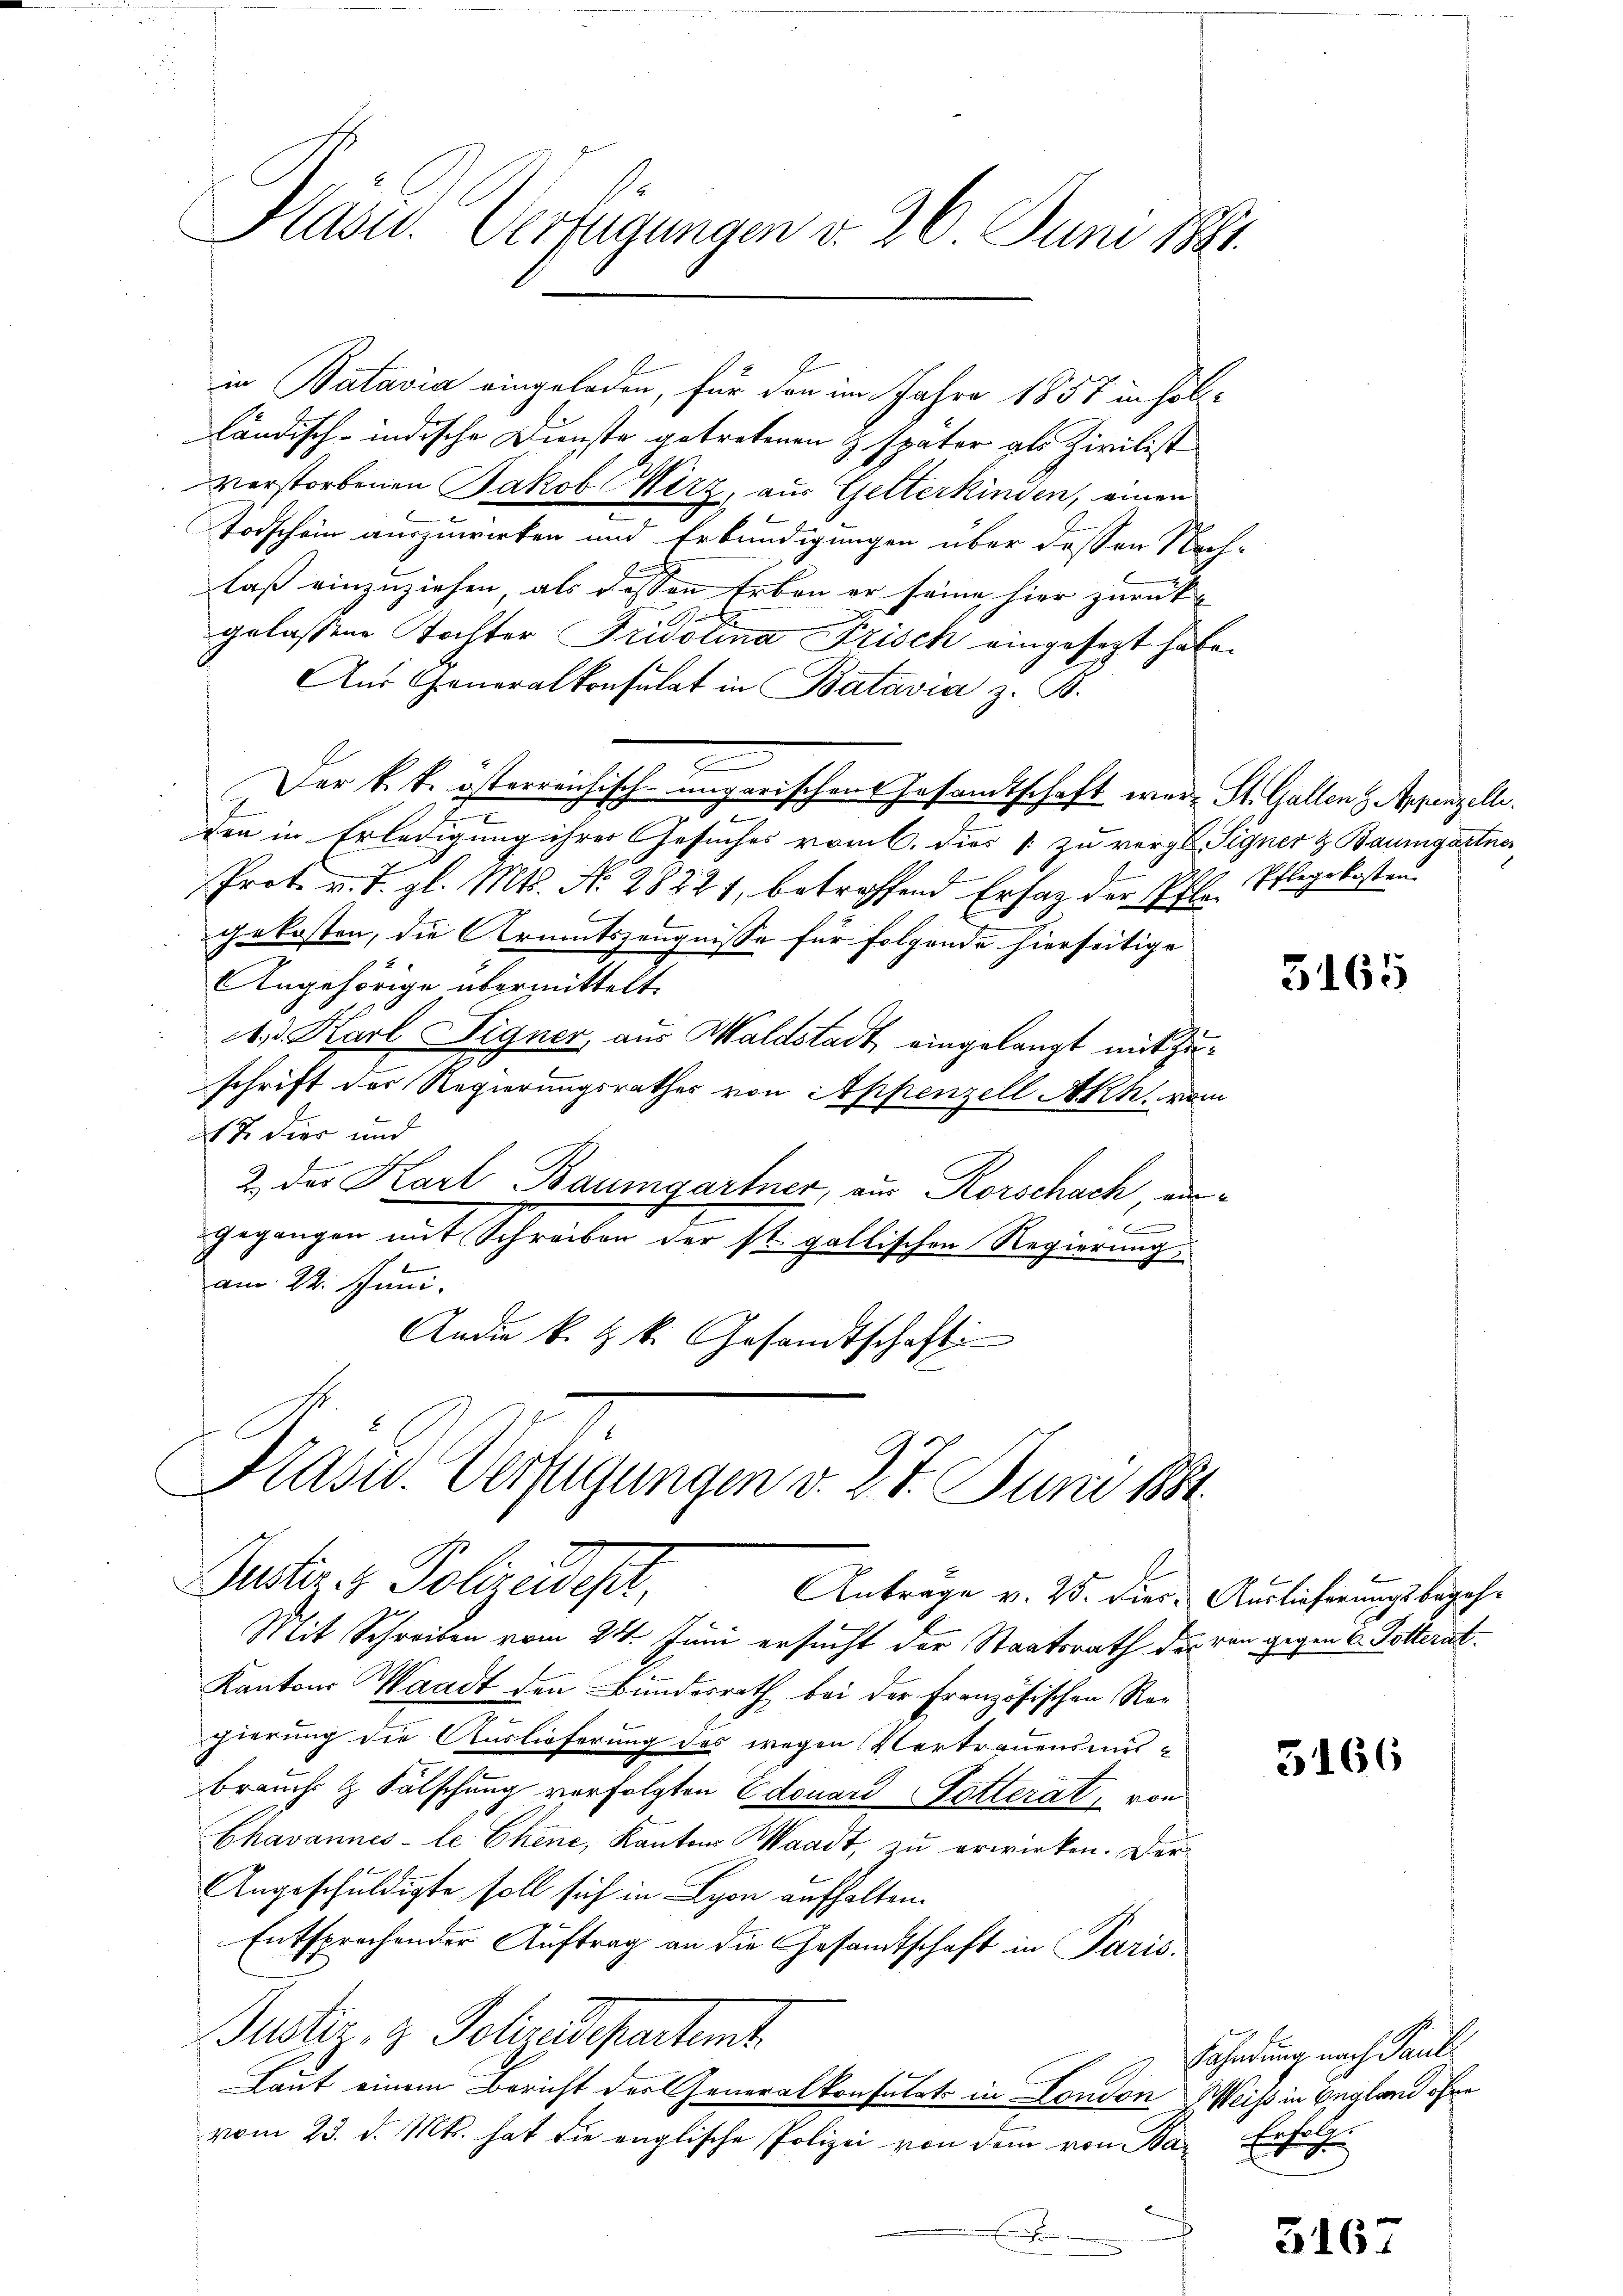
Hasu. Verneigungen v. 26 Juni 1884.

in Batavia eingeladen, für den im Jahre 1857 in sollländisch-indische Dienste getretenen & später als Zivilist
Verstorbenen Jakob Merz, aus Gelterkinden, einen
Todschein auszuwirken und Erkundigungen über dessen Nach-
laß einzuziehen, als dessen Erben er seine hier zurück-
gelassene Tochter Fridolina Frisch eingesezt habe.
Aus Generalkonsulat in Batavia z. B.
Der k. k. österreichisch-ungarischen Gesamtschaft war. St. Gallen Appenzelle.
den in Erledigung ihrer Gesuches vom 6. dies 1 zu vergl. Signer & Baumgartner,
Prot. v. J. gl. Mts. No. 28221, betreffend Erfag der Pfle Pflegekosten.
gekosten, die Armentszeugnisse für folgende hierseitige
Angehörige übermittelt.
A. Karl Signer, aus Waldstadt, eingelangt mit Zuschrift der Regierungsrathes von Appenzell Akh. vom
2t 7. dies und
2 der Karl Baumgartner, aus Korschach, ein¬
 f
gegangen mit Schreiben der st. gallischen Regierung
am 22. Juni.
Andie k. k. k. Gesandtschaft

Kasu. Verfügungen v. 27. Juni 1884.
Justiz & Polizeidest,
Anträge v. 25. Dies. Auslieferungsbegeh¬

Mit Schreiben vom 24. Juni ersucht der Staatsrath der von gegen 6. Solterat
Kantons Waadt den Bundesrath bei der Französischen Ragierung die Auslieferung des wegen Vertrauensmis-
brauch & Fälschung verfolgten Edouard Dotterat, von
Chavannes- le Chene, Kantons Waadt, zu erwirken. Der
Angeschuldigte soll sich in Lyon aufhalten.
Entsprochender Auftrag an die Gesandtschaft in Paris
Justiz- & Polizeidepartemt
Laut einem Bericht der Generalkonsulats in London Weiss in begland ohne
vom 23. d. Mts. hat die englische Polizei von dem von Bar Erfolge
e

3165

5166

Fahndung nach Paul

3163